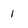
Character: 1